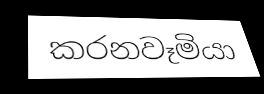
කරනවෑමියා